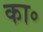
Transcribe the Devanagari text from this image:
का॰